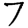
Digit: 7